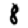
Digit: 8